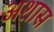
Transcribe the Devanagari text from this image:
अशास